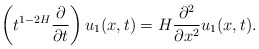
\begin{align*}\left(t^{1-2H}\frac{\partial}{\partial t}\right) u_{1}(x,t)=H\frac{\partial^2}{\partial x^2}u_{1}(x,t).\end{align*}